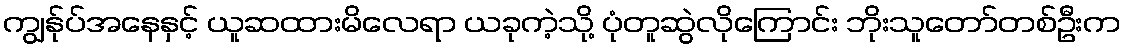
ကျွန်ုပ်အနေနှင့် ယူဆထားမိလေရာ ယခုကဲ့သို့ ပုံတူဆွဲလိုကြောင်း ဘိုးသူတော်တစ်ဦးက